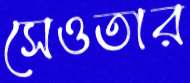
সেওতার